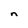
Character: n